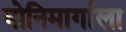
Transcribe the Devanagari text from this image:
योनिमार्गाला